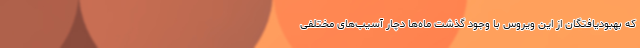
که بهبودیافتگان از این ویروس با وجود گذشت ماه‌ها دچار آسیب‌های مختلفی